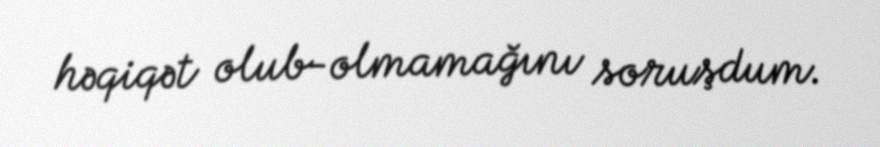
həqiqət olub-olmamağını soruşdum.